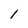
Character: 1